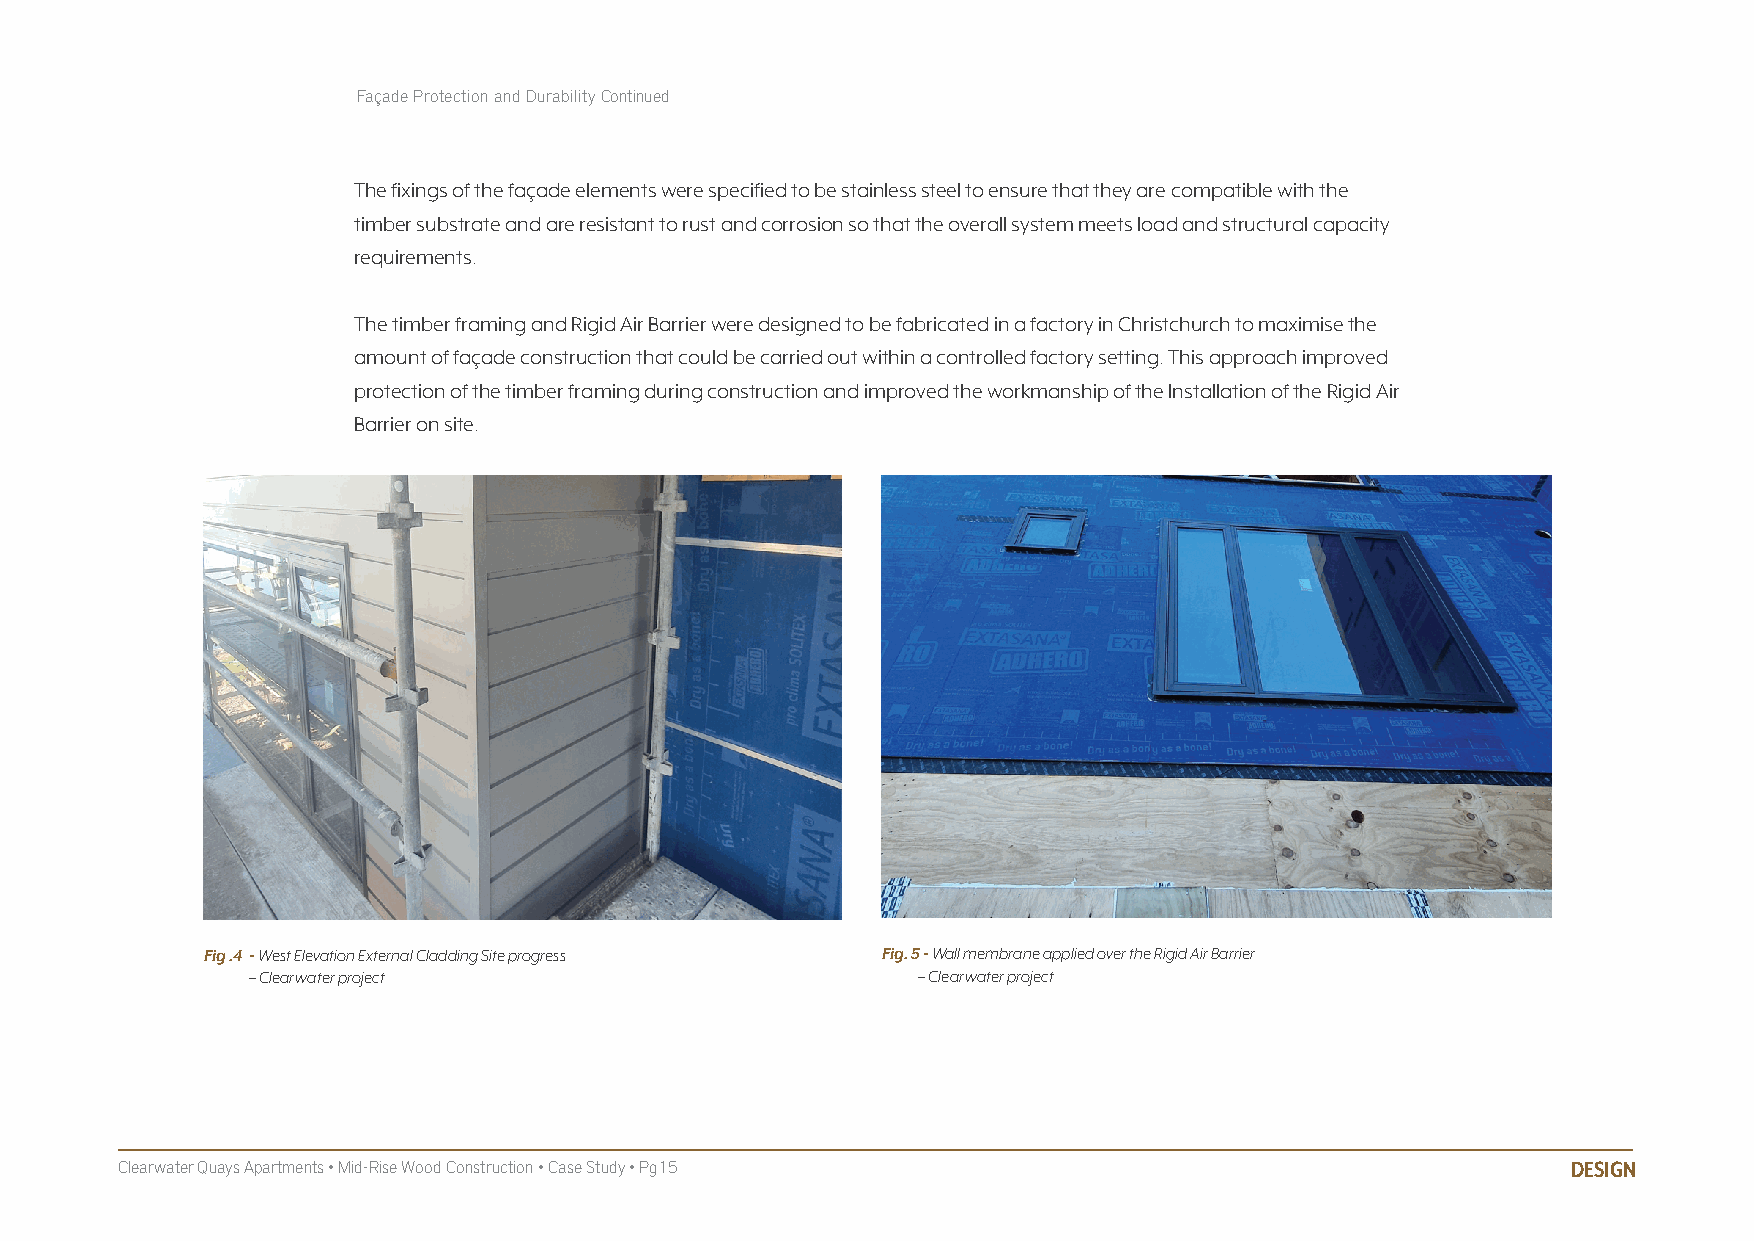
Façade Protection and Durability Continued
 The fixings of the façade elements were specified to be stainless steel to ensure that they are compatible with the
 timber substrate and are resistant to rust and corrosion so that the overall system meets load and structural capacity
 requirements.
 The timber framing and Rigid Air Barrier were designed to be fabricated in a factory in Christchurch to maximise the
 amount of façade construction that could be carried out within a controlled factory setting. This approach improved
 protection of the timber framing during construction and improved the workmanship of the Installation of the Rigid Air
 Barrier on site.
 Fig .4 - West Elevation External Cladding Site progress Fig. 5 - Wall membrane applied over the Rigid Air Barrier
 – Clearwater project                        – Clearwater project
 Clearwater Quays Apartments • Mid-Rise Wood Construction • Case Study • Pg15                    DESIGN